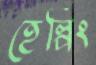
হেল্পিং